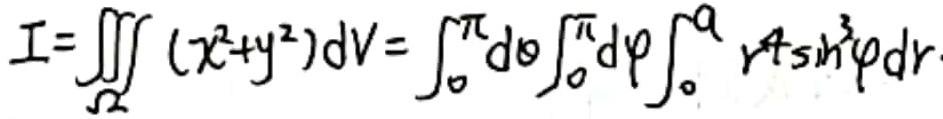
\[
I=\iiint_{\Omega}(x^{2}+y^{2})dV = \int_{0}^{\pi}d\theta\int_{0}^{\pi}d\varphi\int_{0}^{a}r^{4}\sin^{3}\varphi dr
\]